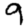
Digit: 9